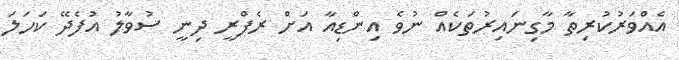
އެއްވަރުކުރިތާ މާގިނައިރުތަކެއް ނުވެ އިންޑިއާ އަށް ރެފްރީ ދިނީ ސުވާލު އުފެދޭ ކަހަލަ